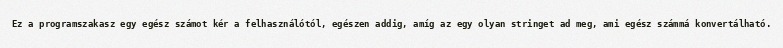
Ez a programszakasz egy egész számot kér a felhasználótól, egészen addig, amíg az egy olyan stringet ad meg, ami egész számmá konvertálható.